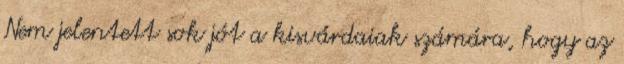
Nem jelentett sok jót a kisvárdaiak számára, hogy az